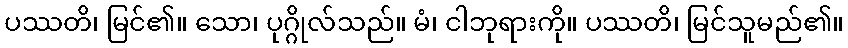
ပဿတိ၊ မြင်၏။ သော၊ ပုဂ္ဂိုလ်သည်။ မံ၊ ငါဘုရားကို။ ပဿတိ၊ မြင်သူမည်၏။